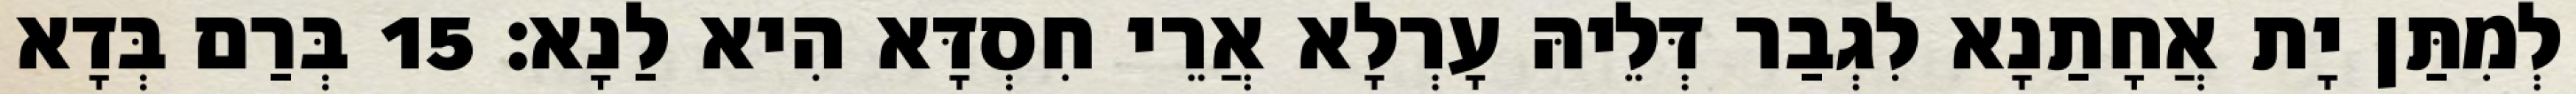
לְמִתַּן יָת אֲחָתַנָא לִגְבַר דְּלֵיהּ עָרְלָא אֲרֵי חִסְדָּא הִיא לַנָא׃ 15 בְּרַם בְּדָא